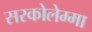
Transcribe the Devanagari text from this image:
सरकोलेम्मा